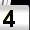
Digit: 4